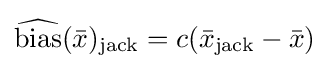
{\widehat {\operatorname {bias} }}({\bar {x}})_{\mathrm {jack} }=c({\bar {x}}_{\mathrm {jack} }-{\bar {x}})